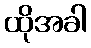
ထိုအခါ